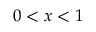
0 < x < 1